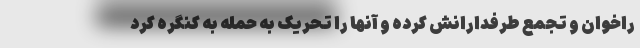
راخوان و تجمع طرفدارانش کرده و آنها را تحریک به حمله به کنگره کرد